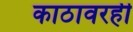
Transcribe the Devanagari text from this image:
काठावरही